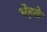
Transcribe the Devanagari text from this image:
भेड़के